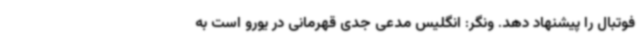
فوتبال را پیشنهاد دهد. ونگر: انگلیس مدعی جدی قهرمانی در یورو است به